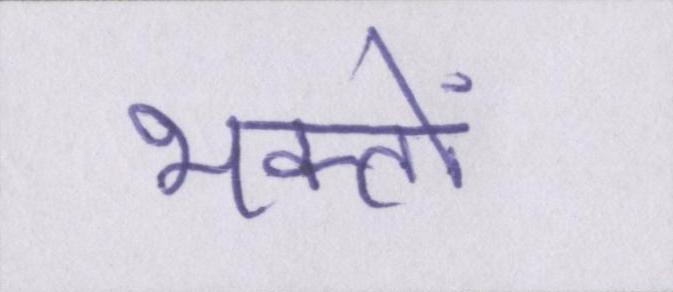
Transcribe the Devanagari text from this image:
भक्तों